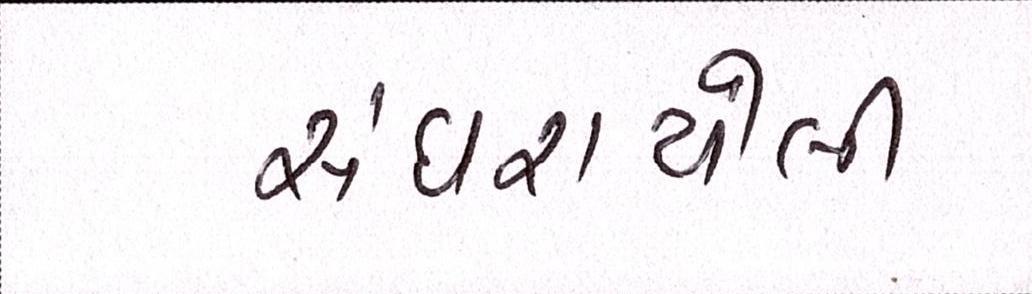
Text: સંઘરાયેલી